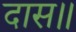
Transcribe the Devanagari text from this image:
दास॥